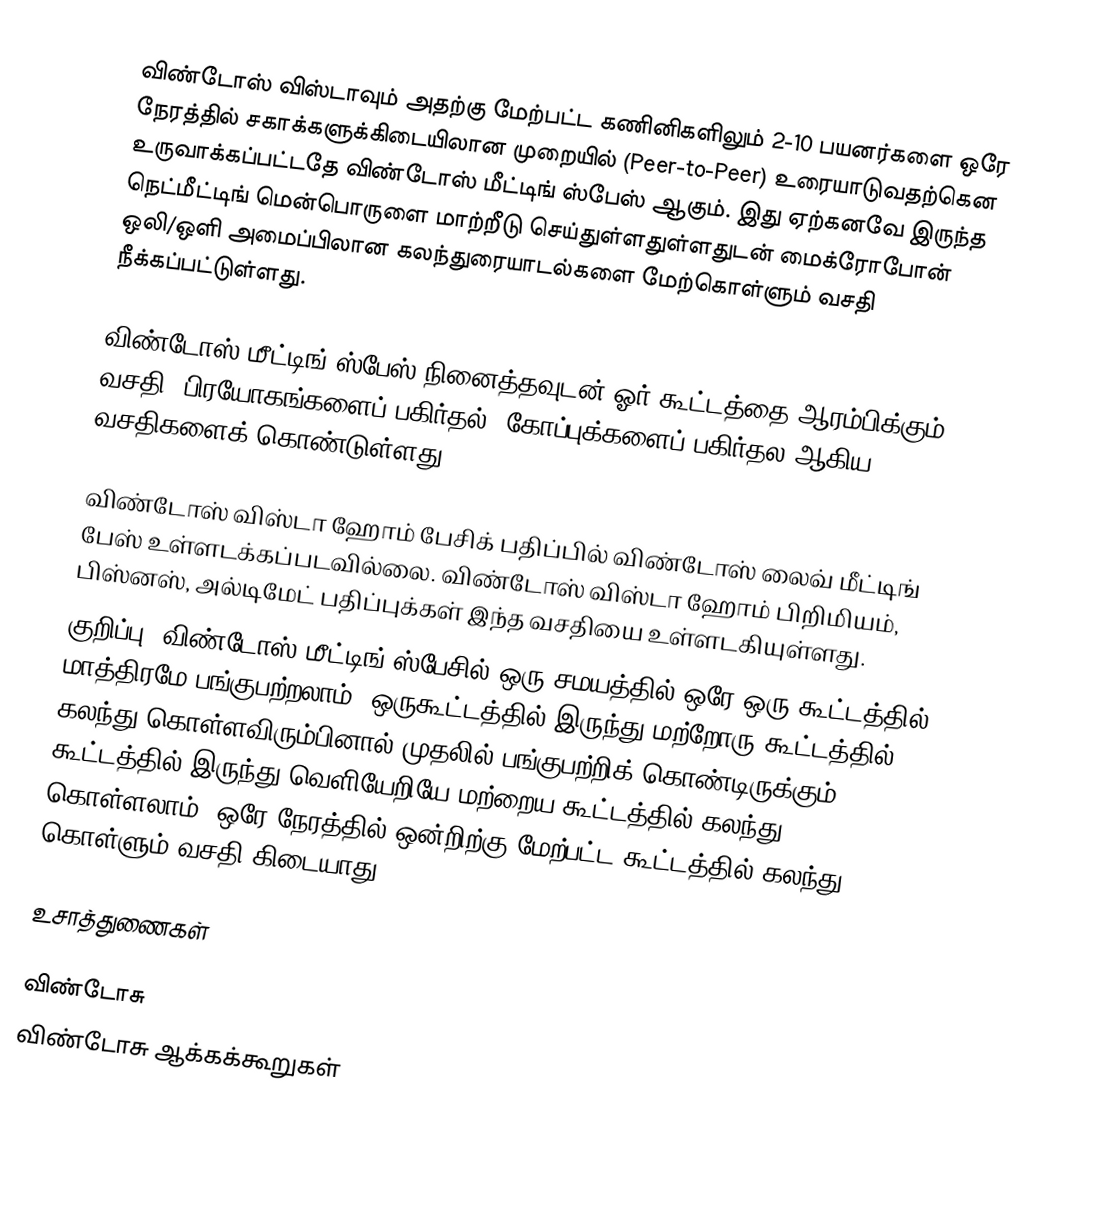
விண்டோஸ் விஸ்டாவும் அதற்கு மேற்பட்ட கணினிகளிலும் 2-10 பயனர்களை ஒரே நேரத்தில் சகாக்களுக்கிடையிலான முறையில் (Peer-to-Peer) உரையாடுவதற்கென உருவாக்கப்பட்டதே விண்டோஸ் மீட்டிங் ஸ்பேஸ் ஆகும். இது ஏற்கனவே இருந்த நெட்மீட்டிங் மென்பொருளை மாற்றீடு செய்துள்ளதுள்ளதுடன் மைக்ரோபோன் ஒலி/ஒளி அமைப்பிலான கலந்துரையாடல்களை மேற்கொள்ளும் வசதி நீக்கப்பட்டுள்ளது.

விண்டோஸ் மீட்டிங் ஸ்பேஸ் நினைத்தவுடன் ஓர் கூட்டத்தை ஆரம்பிக்கும் வசதி, பிரயோகங்களைப் பகிர்தல்.  கோப்புக்களைப் பகிர்தல ஆகிய வசதிகளைக் கொண்டுள்ளது.

விண்டோஸ் விஸ்டா ஹோம் பேசிக் பதிப்பில் விண்டோஸ் லைவ் மீட்டிங் பேஸ் உள்ளடக்கப்படவில்லை. விண்டோஸ் விஸ்டா ஹோம் பிறிமியம், பிஸ்னஸ், அல்டிமேட் பதிப்புக்கள் இந்த வசதியை உள்ளடகியுள்ளது.
குறிப்பு: விண்டோஸ் மீட்டிங் ஸ்பேசில் ஒரு சமயத்தில் ஒரே ஒரு கூட்டத்தில் மாத்திரமே பங்குபற்றலாம். ஒருகூட்டத்தில் இருந்து மற்றோரு கூட்டத்தில் கலந்து கொள்ளவிரும்பினால் முதலில் பங்குபற்றிக் கொண்டிருக்கும் கூட்டத்தில் இருந்து வெளியேறியே மற்றைய கூட்டத்தில் கலந்து கொள்ளலாம். ஒரே நேரத்தில் ஒன்றிற்கு மேற்பட்ட கூட்டத்தில் கலந்து கொள்ளும் வசதி கிடையாது.

உசாத்துணைகள்

விண்டோசு
விண்டோசு ஆக்கக்கூறுகள்